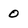
Character: 0